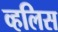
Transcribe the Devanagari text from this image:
व्हलिस